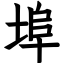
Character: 埠